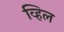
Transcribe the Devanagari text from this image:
व्हिल